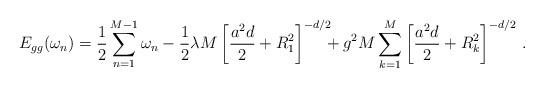
LaTeX: \begin{align*}E_{gg}(\omega_n) = {1\over 2}\sum_{n=1}^{M-1} \omega_n - {1\over 2}\lambda M \left[{a^2d\over 2} + R_1^2\right]^{-d/2} \!\!\! + g^2 M \sum_{k=1}^{M} \left[{a^2d\over 2} + R_k^2\right]^{-d/2}\, .\end{align*}